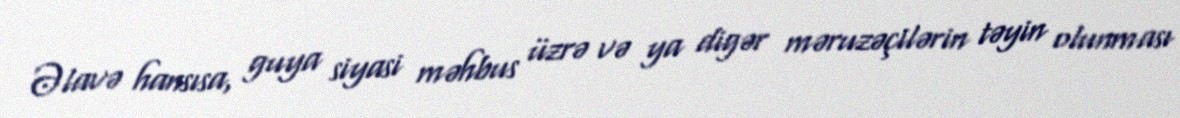
Əlavə hansısa, guya siyasi məhbus üzrə və ya digər məruzəçilərin təyin olunması